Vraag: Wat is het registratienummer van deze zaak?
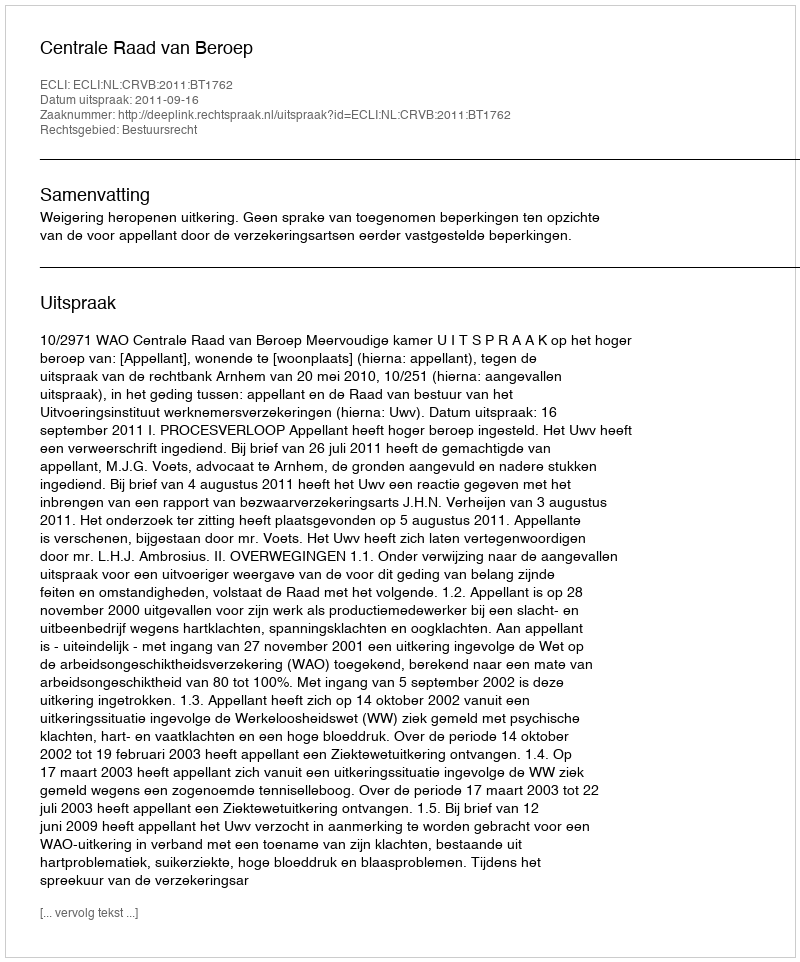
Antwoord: http://deeplink.rechtspraak.nl/uitspraak?id=ECLI:NL:CRVB:2011:BT1762